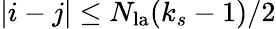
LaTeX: |i-j|\leq N_{\mathrm{la}}(k_{s}-1)/2